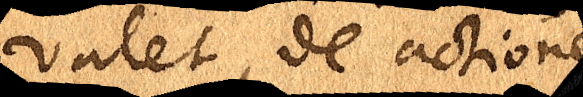
valet, de actione